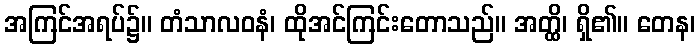
အကြင်အရပ်၌။ တံသာလဝနံ၊ ထိုအင်ကြင်းတောသည်။ အတ္ထိ၊ ရှိ၏။ တေန၊